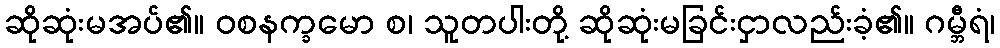
ဆိုဆုံးမအပ်၏။ ဝစနက္ခမော စ၊ သူတပါးတို့ ဆိုဆုံးမခြင်းငှာလည်းခံ့၏။ ဂမ္ဘီရံ၊